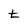
Character: t